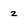
Character: z